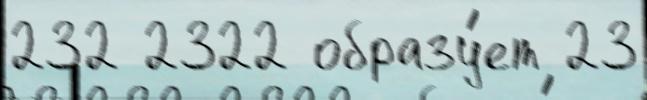
232 2322 образу́ет 23